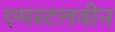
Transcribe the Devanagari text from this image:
एमस्टलवीन